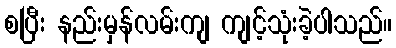
စပြီး နည်းမှန်လမ်းကျ ကျင့်သုံးခဲ့ပါသည်။